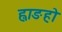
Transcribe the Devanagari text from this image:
ह्वाङहो